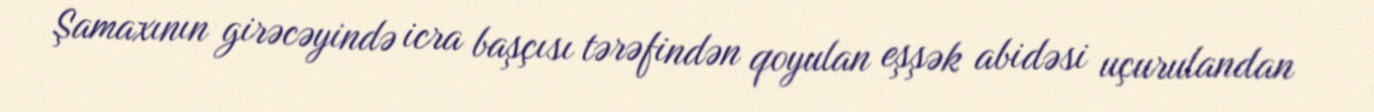
Şamaxının girəcəyində icra başçısı tərəfindən qoyulan eşşək abidəsi uçurulandan